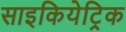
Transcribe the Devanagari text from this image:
साइकियेट्रिक